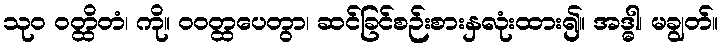
သုဝ ဝတ္ထိတံ၊ ကို။ ဝဝတ္ထပေတွာ၊ ဆင်ခြင်စဉ်းစားနှလုံးထား၍။ အဒ္ဓါ၊ မချွတ်။